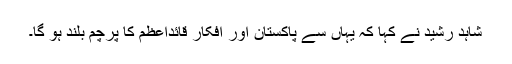
شاہد رشید نے کہا کہ یہاں سے پاکستان اور افکار قائداعظمؒ کا پرچم بلند ہو گا۔